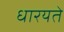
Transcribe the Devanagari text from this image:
धारयते